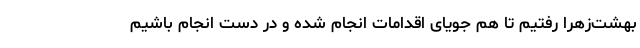
بهشت‌زهرا رفتیم تا هم جویای اقدامات انجام شده و در دست انجام باشیم